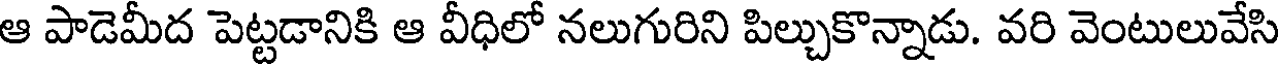
ఆ పాడెమీద పెట్టడానికి ఆ వీధిలో నలుగురిని పిల్చుకొన్నాడు. వరి వెంటులువేసి